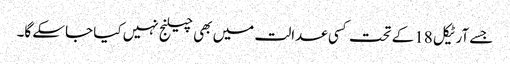
جسے آرٹیکل 18کے تحت کسی عدالت میں بھی چیلنج نہیں کیا جاسکے گا۔